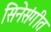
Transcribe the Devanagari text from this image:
सिनेसंगीत